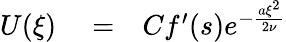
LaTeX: \begin{array}{rlr}{U(\xi)}&{{}=}&{Cf^{\prime}(s)e^{-\frac{a\xi^{2}}{2\nu}}}\end{array}